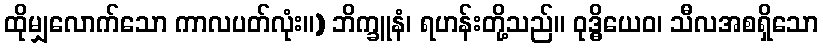
ထိုမျှလောက်သော ကာလပတ်လုံး။) ဘိက္ခူနံ၊ ရဟန်းတို့သည်။ ဝုဒ္ဓိယေဝ၊ သီလအစရှိသော